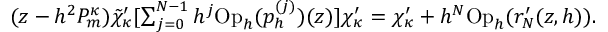
\begin{array} { r } { ( z - h ^ { 2 } P _ { m } ^ { \kappa } ) \tilde { \chi } _ { \kappa } ^ { \prime } [ \sum _ { j = 0 } ^ { N - 1 } h ^ { j } \mathrm { O p } _ { h } ( p _ { h } ^ { ( j ) } ) ( z ) ] \chi _ { \kappa } ^ { \prime } = \chi _ { \kappa } ^ { \prime } + h ^ { N } \mathrm { O p } _ { h } ( r _ { N } ^ { \prime } ( z , h ) ) . } \end{array}